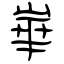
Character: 崋